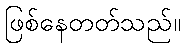
ဖြစ်နေတတ်သည်။